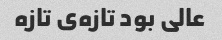
عالی بود تازه‌ی تازه